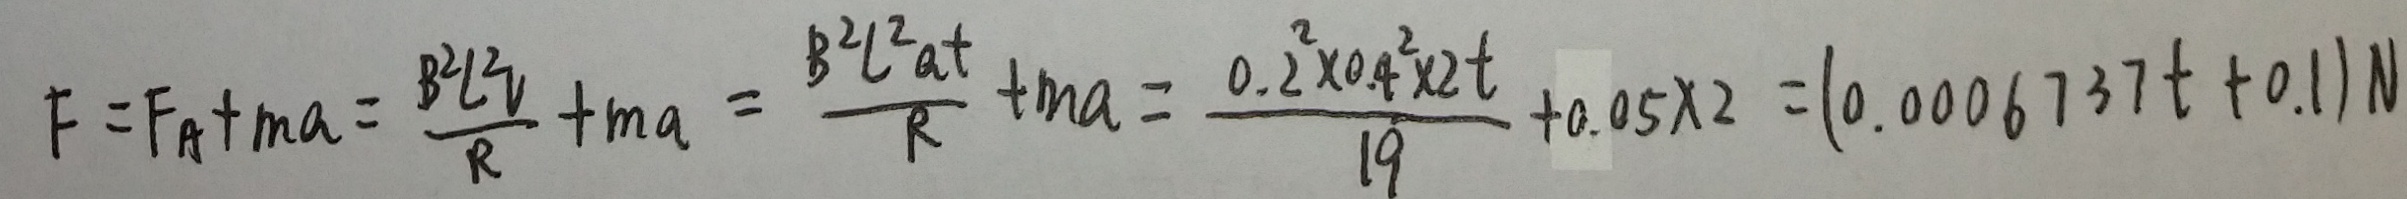
F = F _ { A } + m a = \frac { B ^ { 2 } L ^ { 2 } V } { R } + m a = \frac { B ^ { 2 } L ^ { 2 } a t } { R } + m a = \frac { 0 . 2 ^ { 2 } \times 0 . 4 ^ { 2 } \times 2 t } { 1 9 } + 0 . 0 5 \times 2 = ( 0 . 0 0 0 6 7 3 7 t + 0 . 1 ) N